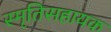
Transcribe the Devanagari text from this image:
स्मृतिसहायक